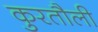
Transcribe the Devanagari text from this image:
कुरतौली